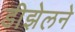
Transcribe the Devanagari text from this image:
डीझेलने